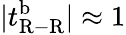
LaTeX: |t_{\mathrm{R-R}}^{\mathrm{b}}|\approx 1